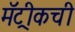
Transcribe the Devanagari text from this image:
मॅट्रीकची